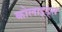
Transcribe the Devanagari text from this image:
कोलाइड्स